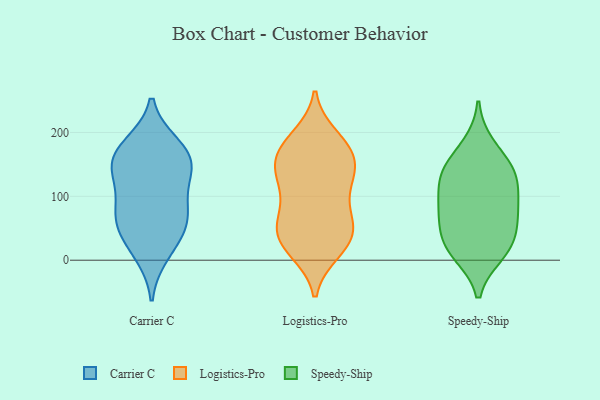
{"axis": {"x": "Backlog", "y": "Value"}, "legend": ["Carrier C", "Logistics-Pro", "Speedy-Ship"], "data": [{"x": "", "y": 57, "type": "Carrier C"}, {"x": "", "y": 28, "type": "Carrier C"}, {"x": "", "y": 69, "type": "Carrier C"}, {"x": "", "y": 180, "type": "Carrier C"}, {"x": "", "y": 150, "type": "Carrier C"}, {"x": "", "y": 62, "type": "Carrier C"}, {"x": "", "y": 150, "type": "Carrier C"}, {"x": "", "y": 10, "type": "Carrier C"}, {"x": "", "y": 155, "type": "Carrier C"}, {"x": "", "y": 178, "type": "Carrier C"}, {"x": "", "y": 80, "type": "Carrier C"}, {"x": "", "y": 108, "type": "Carrier C"}, {"x": "", "y": 139, "type": "Carrier C"}, {"x": "", "y": 174, "type": "Logistics-Pro"}, {"x": "", "y": 193, "type": "Logistics-Pro"}, {"x": "", "y": 72, "type": "Logistics-Pro"}, {"x": "", "y": 59, "type": "Logistics-Pro"}, {"x": "", "y": 108, "type": "Logistics-Pro"}, {"x": "", "y": 120, "type": "Logistics-Pro"}, {"x": "", "y": 19, "type": "Logistics-Pro"}, {"x": "", "y": 29, "type": "Logistics-Pro"}, {"x": "", "y": 14, "type": "Logistics-Pro"}, {"x": "", "y": 63, "type": "Logistics-Pro"}, {"x": "", "y": 119, "type": "Logistics-Pro"}, {"x": "", "y": 148, "type": "Logistics-Pro"}, {"x": "", "y": 157, "type": "Logistics-Pro"}, {"x": "", "y": 26, "type": "Logistics-Pro"}, {"x": "", "y": 176, "type": "Logistics-Pro"}, {"x": "", "y": 185, "type": "Logistics-Pro"}, {"x": "", "y": 139, "type": "Logistics-Pro"}, {"x": "", "y": 51, "type": "Logistics-Pro"}, {"x": "", "y": 148, "type": "Logistics-Pro"}, {"x": "", "y": 47, "type": "Logistics-Pro"}, {"x": "", "y": 76, "type": "Speedy-Ship"}, {"x": "", "y": 39, "type": "Speedy-Ship"}, {"x": "", "y": 130, "type": "Speedy-Ship"}, {"x": "", "y": 63, "type": "Speedy-Ship"}, {"x": "", "y": 19, "type": "Speedy-Ship"}, {"x": "", "y": 91, "type": "Speedy-Ship"}, {"x": "", "y": 11, "type": "Speedy-Ship"}, {"x": "", "y": 138, "type": "Speedy-Ship"}, {"x": "", "y": 145, "type": "Speedy-Ship"}, {"x": "", "y": 20, "type": "Speedy-Ship"}, {"x": "", "y": 86, "type": "Speedy-Ship"}, {"x": "", "y": 131, "type": "Speedy-Ship"}, {"x": "", "y": 179, "type": "Speedy-Ship"}]}